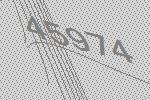
45974